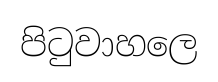
පිටුවාහලෙ